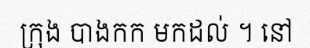
ក្រុង បាងកក មកដល់ ។ នៅ